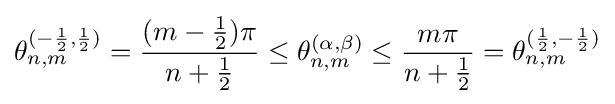
\theta _{n,m}^{(-{\frac {1}{2}},{\frac {1}{2}})}={\frac {(m-{\tfrac {1}{2}})\pi }{n+{\tfrac {1}{2}}}}\leq \theta _{n,m}^{(\alpha ,\beta )}\leq {\frac {m\pi }{n+{\tfrac {1}{2}}}}=\theta _{n,m}^{({\frac {1}{2}},-{\frac {1}{2}})}